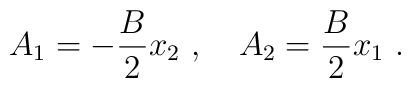
A_1 = -\frac{B}{2} x_2\ ,\quad A_2 = \frac{B}{2} x_1\ .